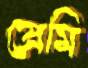
প্রেমি